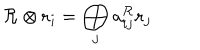
LaTeX: { \cal R } \otimes { \bf r } _ { i } = \bigoplus _ { j } a _ { i j } ^ { { \cal R } } { \bf r } _ { j }